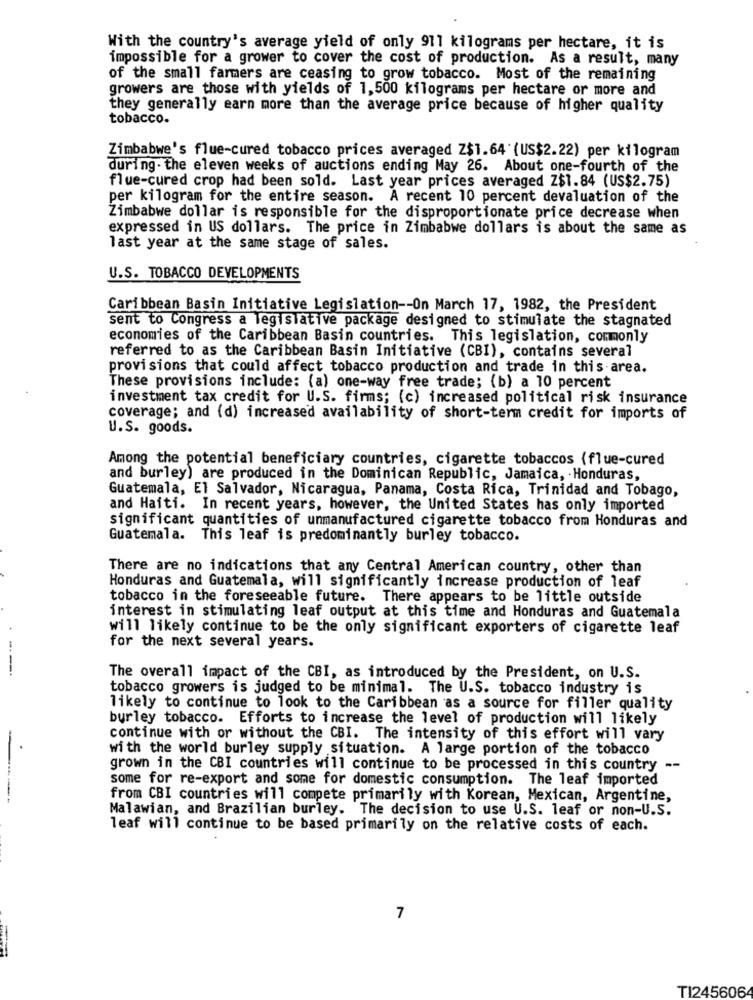
With the country's average yield of only 911 kilograms per hectare, it is
impossible for a grower to cover the cost of production. As a result, many
of the small farmers are ceasing to grow tobacco. Most of the remaining
growers are those with yields of 1,500 kilograms per hectare or more and
they generally earn more than the average price because of higher quality
tobacco.
Zimbabwe's flue-cured tobacco prices averaged Z$1.64 (US$2.22) per kilogram
during. the eleven weeks of auctions ending May 26. About one-fourth of the
flue-cured crop had been sold. Last year prices averaged Z$1.84 (US$2.75)
per kilogram for the entire season. A recent 10 percent devaluation of the
Zimbabwe dollar is responsible for the disproportionate price decrease when
expressed in US dollars. The price in Zimbabwe dollars is about the same as
last year at the same stage of sales.
U.S. TOBACCO DEVELOPMENTS
Caribbean Basin Initiative Legislation -- On March 17, 1982, the President
sent to Congress a legislative package designed to stimulate the stagnated
economies of the Caribbean Basin countries. This legislation, commonly
referred to as the Caribbean Basin Initiative (CBI), contains several
provisions that could affect tobacco production and trade in this area.
These provisions include: (a) one-way free trade; (b) a 10 percent
investment tax credit for U.S. firms; (c) increased political risk insurance
coverage; and (d) increased availability of short-term credit for imports of
U.S. goods.
Among the potential beneficiary countries, cigarette tobaccos (flue-cured
and burley) are produced in the Dominican Republic, Jamaica, - Honduras,
Guatemala, El Salvador, Nicaragua, Panama, Costa Rica, Trinidad and Tobago,
and Haiti. In recent years, however, the United States has only imported
significant quantities of unmanufactured cigarette tobacco from Honduras and
Guatemala. This leaf is predominantly burley tobacco.
There are no indications that any Central American country, other than
Honduras and Guatemala, will significantly increase production of leaf
tobacco in the foreseeable future. There appears to be little outside
interest in stimulating leaf output at this time and Honduras and Guatemala
will likely continue to be the only significant exporters of cigarette leaf
for the next several years.
The overall impact of the CBI, as introduced by the President, on U.S.
tobacco growers is judged to be minimal. The U.S. tobacco industry is
likely to continue to look to the Caribbean as a source for filler quality
burley tobacco. Efforts to increase the level of production will likely
continue with or without the CBI. The intensity of this effort will vary
with the world burley supply situation. A large portion of the tobacco
grown in the CBI countries will continue to be processed in this country --
some for re-export and some for domestic consumption. The leaf imported
from CBI countries will compete primarily with Korean, Mexican, Argentine,
Malawian, and Brazilian burley. The decision to use U.S. leaf or non-U.S.
leaf will continue to be based primarily on the relative costs of each.
7
TI245606